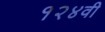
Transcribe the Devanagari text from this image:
१२४वी